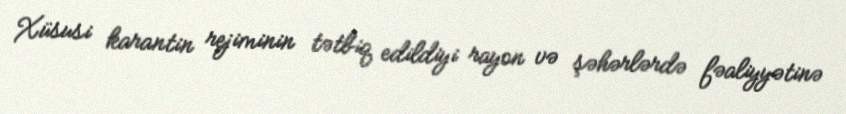
Xüsusi karantin rejiminin tətbiq edildiyi rayon və şəhərlərdə fəaliyyətinə